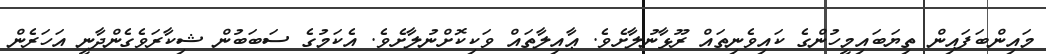
މައިންބަފައިން ތިޔަބައިމީހުންގެ ކައިވެނިތައް ރޫޅާނުލާށެވެ. ޢާއިލާތައް ވަކިކޮށްނުލާށެވެ. އެކަމުގެ ސަބަބުން ޝިކާރަވެގެންދާނީ އަހަރެން